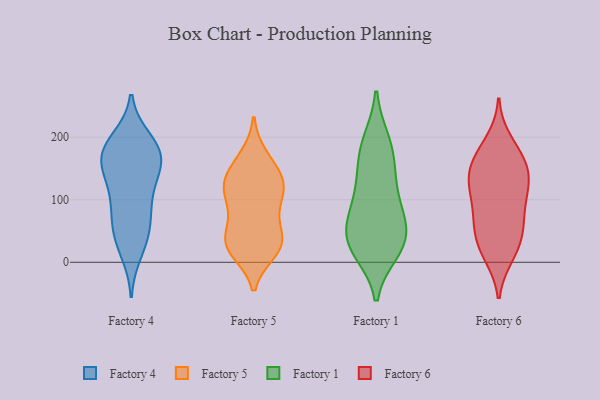
{"axis": {"x": "Inventory Turnover", "y": "Value"}, "legend": ["Factory 1", "Factory 4", "Factory 5", "Factory 6"], "data": [{"x": "", "y": 153, "type": "Factory 4"}, {"x": "", "y": 189, "type": "Factory 4"}, {"x": "", "y": 171, "type": "Factory 4"}, {"x": "", "y": 16, "type": "Factory 4"}, {"x": "", "y": 164, "type": "Factory 4"}, {"x": "", "y": 61, "type": "Factory 4"}, {"x": "", "y": 33, "type": "Factory 4"}, {"x": "", "y": 45, "type": "Factory 4"}, {"x": "", "y": 184, "type": "Factory 4"}, {"x": "", "y": 72, "type": "Factory 4"}, {"x": "", "y": 169, "type": "Factory 4"}, {"x": "", "y": 135, "type": "Factory 4"}, {"x": "", "y": 196, "type": "Factory 4"}, {"x": "", "y": 108, "type": "Factory 4"}, {"x": "", "y": 87, "type": "Factory 4"}, {"x": "", "y": 170, "type": "Factory 4"}, {"x": "", "y": 123, "type": "Factory 4"}, {"x": "", "y": 110, "type": "Factory 5"}, {"x": "", "y": 29, "type": "Factory 5"}, {"x": "", "y": 131, "type": "Factory 5"}, {"x": "", "y": 18, "type": "Factory 5"}, {"x": "", "y": 162, "type": "Factory 5"}, {"x": "", "y": 76, "type": "Factory 5"}, {"x": "", "y": 55, "type": "Factory 5"}, {"x": "", "y": 94, "type": "Factory 5"}, {"x": "", "y": 132, "type": "Factory 5"}, {"x": "", "y": 26, "type": "Factory 5"}, {"x": "", "y": 127, "type": "Factory 5"}, {"x": "", "y": 109, "type": "Factory 5"}, {"x": "", "y": 26, "type": "Factory 5"}, {"x": "", "y": 130, "type": "Factory 5"}, {"x": "", "y": 38, "type": "Factory 5"}, {"x": "", "y": 26, "type": "Factory 5"}, {"x": "", "y": 169, "type": "Factory 5"}, {"x": "", "y": 25, "type": "Factory 1"}, {"x": "", "y": 166, "type": "Factory 1"}, {"x": "", "y": 43, "type": "Factory 1"}, {"x": "", "y": 41, "type": "Factory 1"}, {"x": "", "y": 18, "type": "Factory 1"}, {"x": "", "y": 89, "type": "Factory 1"}, {"x": "", "y": 85, "type": "Factory 1"}, {"x": "", "y": 194, "type": "Factory 1"}, {"x": "", "y": 45, "type": "Factory 1"}, {"x": "", "y": 21, "type": "Factory 1"}, {"x": "", "y": 78, "type": "Factory 1"}, {"x": "", "y": 129, "type": "Factory 1"}, {"x": "", "y": 141, "type": "Factory 1"}, {"x": "", "y": 191, "type": "Factory 1"}, {"x": "", "y": 117, "type": "Factory 6"}, {"x": "", "y": 112, "type": "Factory 6"}, {"x": "", "y": 136, "type": "Factory 6"}, {"x": "", "y": 10, "type": "Factory 6"}, {"x": "", "y": 132, "type": "Factory 6"}, {"x": "", "y": 59, "type": "Factory 6"}, {"x": "", "y": 182, "type": "Factory 6"}, {"x": "", "y": 14, "type": "Factory 6"}, {"x": "", "y": 43, "type": "Factory 6"}, {"x": "", "y": 149, "type": "Factory 6"}, {"x": "", "y": 162, "type": "Factory 6"}, {"x": "", "y": 103, "type": "Factory 6"}, {"x": "", "y": 159, "type": "Factory 6"}, {"x": "", "y": 156, "type": "Factory 6"}, {"x": "", "y": 19, "type": "Factory 6"}, {"x": "", "y": 195, "type": "Factory 6"}, {"x": "", "y": 66, "type": "Factory 6"}, {"x": "", "y": 68, "type": "Factory 6"}, {"x": "", "y": 105, "type": "Factory 6"}, {"x": "", "y": 50, "type": "Factory 6"}]}